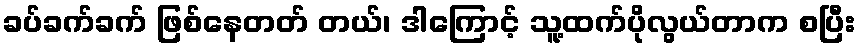
ခပ်ခက်ခက် ဖြစ်နေတတ် တယ်၊ ဒါကြောင့် သူ့ထက်ပိုလွယ်တာက စပြီး